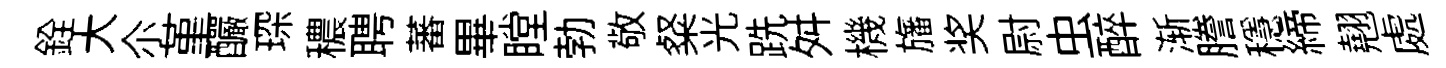
銓大尒堇釅琛穠聘蕃畢瞠勃敬粲光跣舛機旛奖尉虫醉渐謄穩締翹處